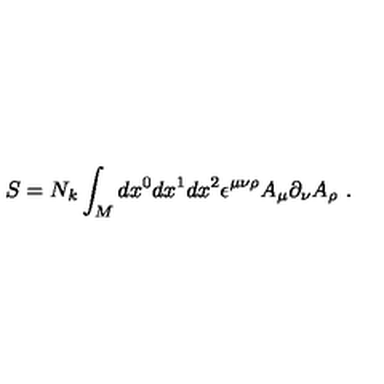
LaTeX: S = N _ { k } \int _ { M } d x ^ { 0 } d x ^ { 1 } d x ^ { 2 } \epsilon ^ { \mu \nu \rho } A _ { \mu } \partial _ { \nu } A _ { \rho } \ .